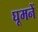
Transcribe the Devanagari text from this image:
घूमनें